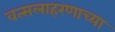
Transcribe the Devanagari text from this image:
वत्सलाहरणाच्या